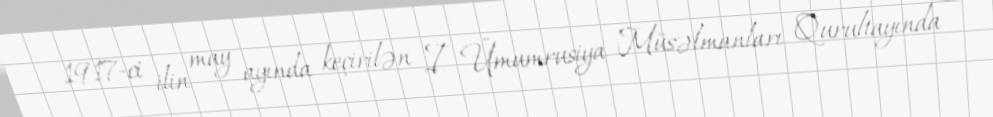
1917-ci ilin may ayında keçirilən I Ümumrusiya Müsəlmanları Qurultayında